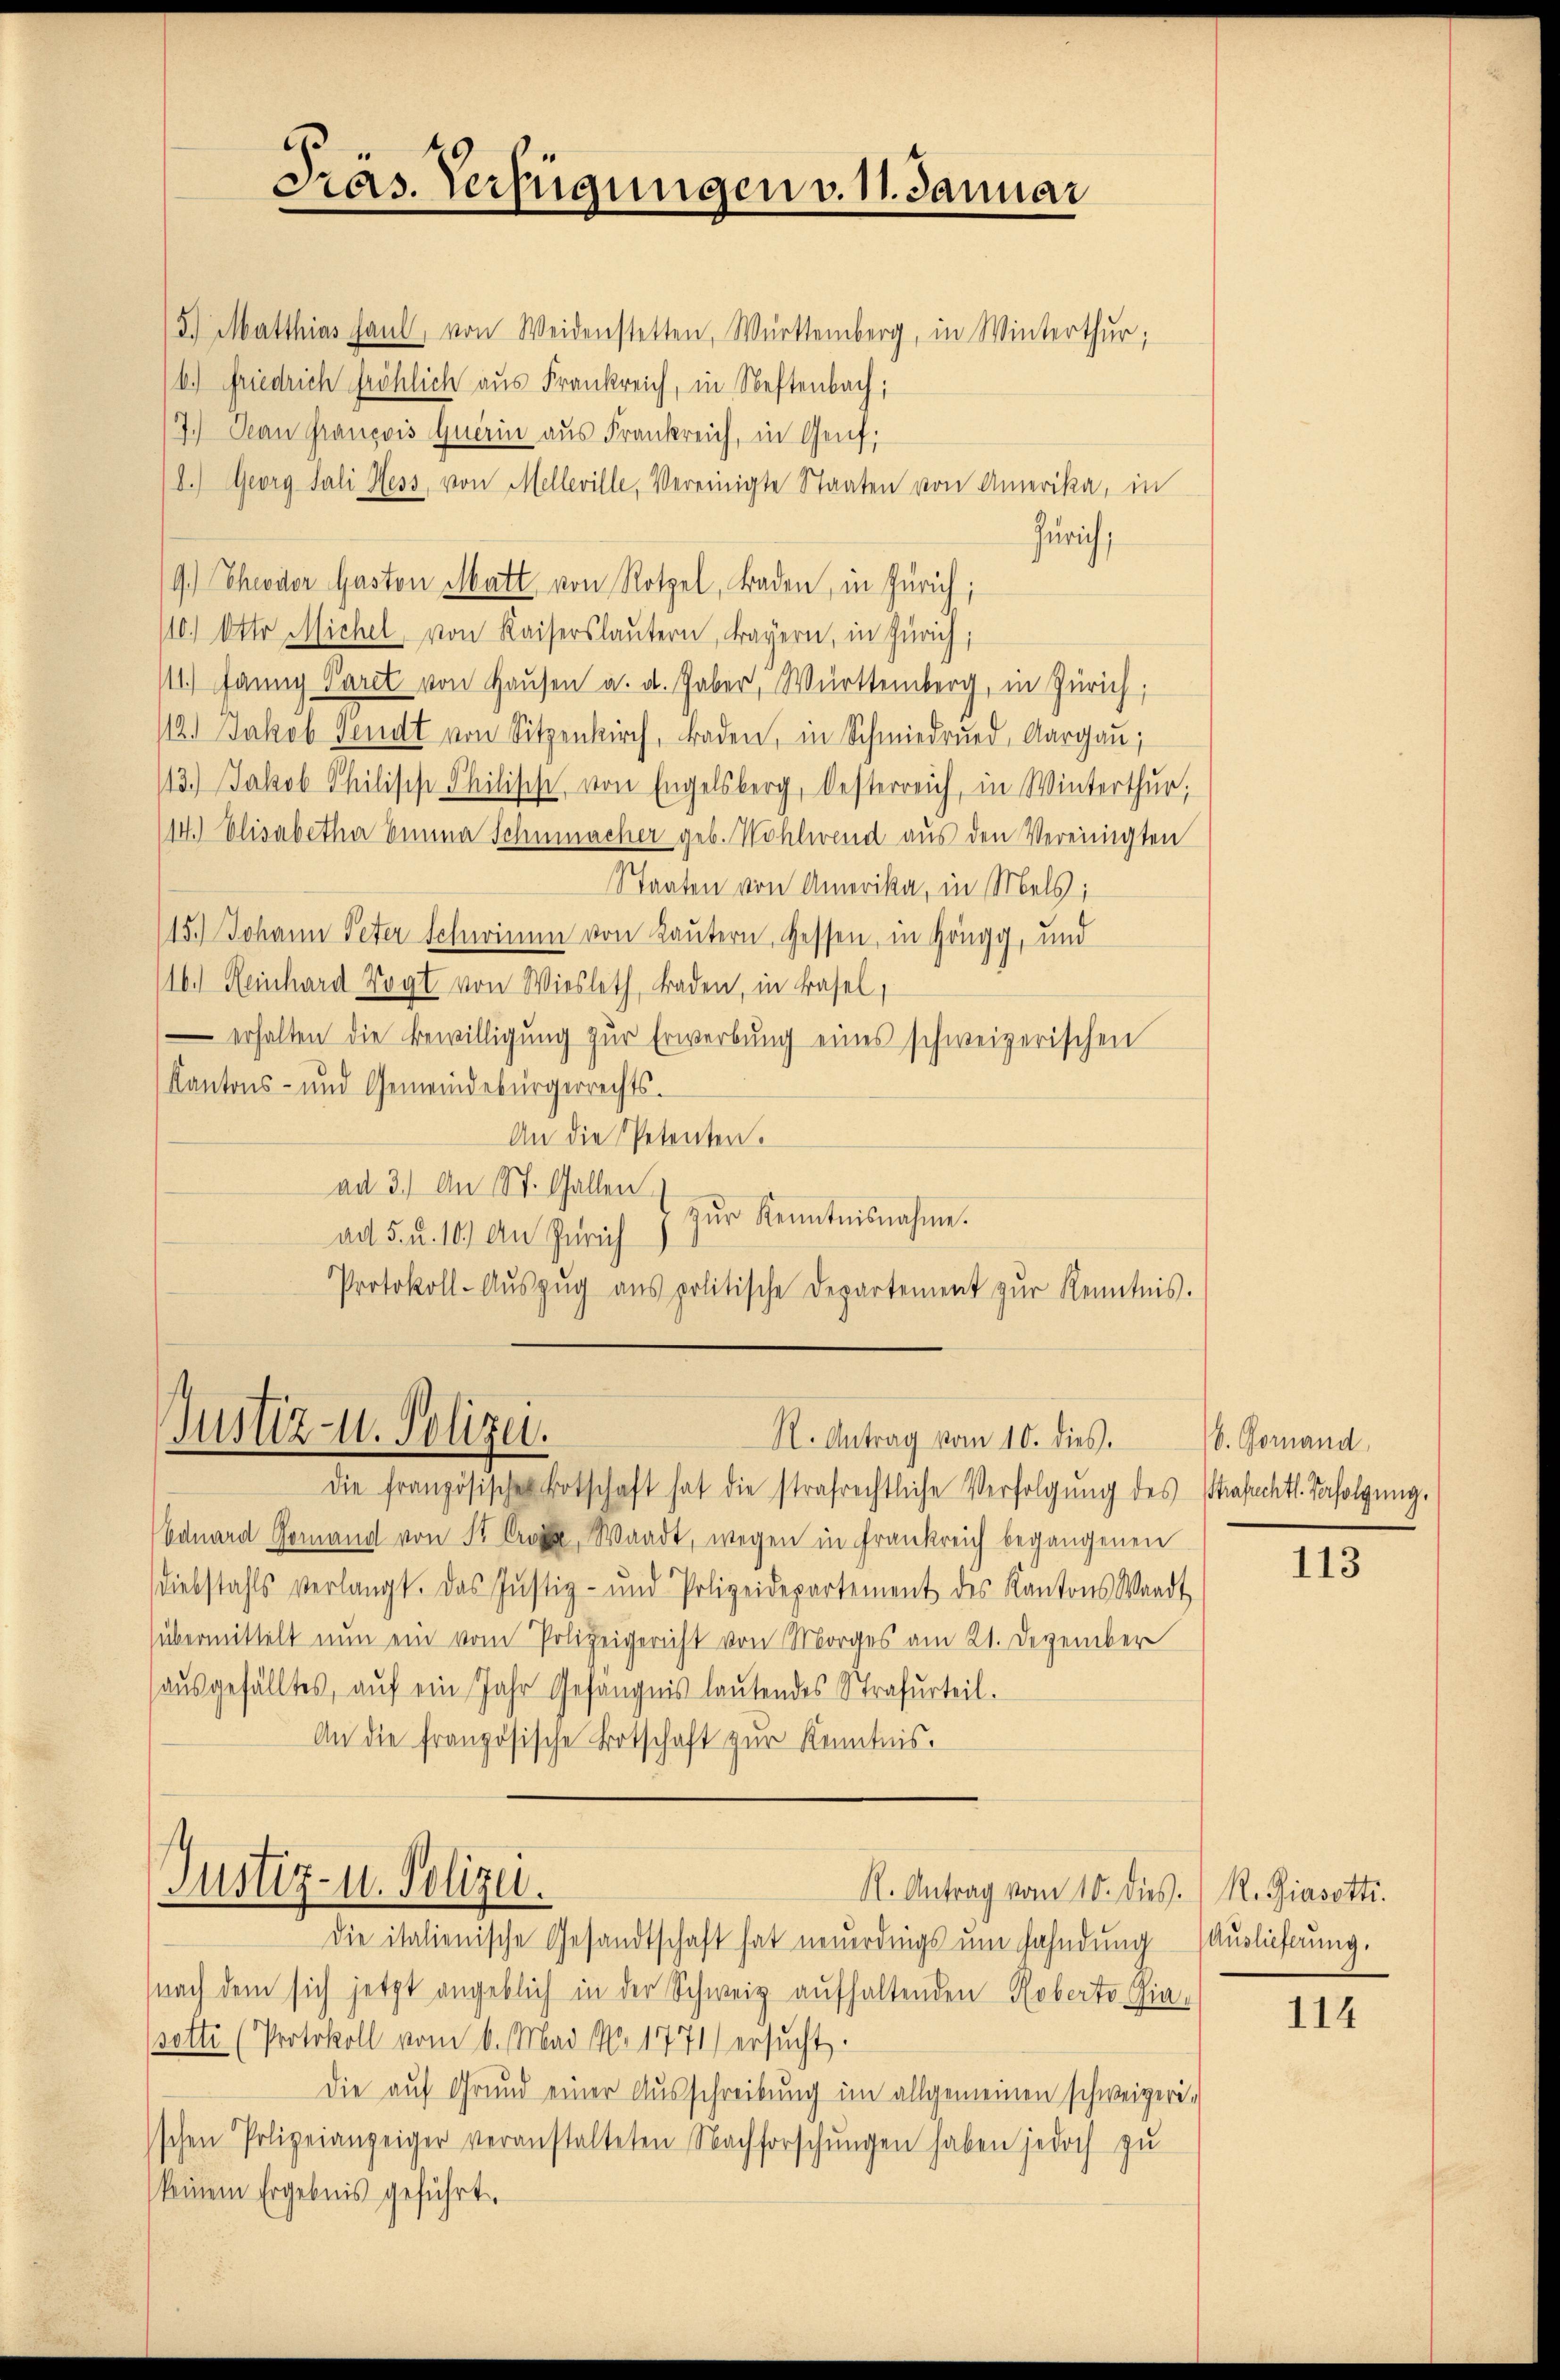
Präs. Verfügungen v. 11. Januar
5.) Matthias haŭl, von Weidenstetten, Württemberg, in Winterthur;
b.) Friedrich fröhlich aus Frankreich, in Neftenbach;

7.) Denn Francois querin aus Frankreich, in Genf,
8.) Georg Sali Hess, von Melleville, Vereinigte Staaten von Amerika, in
Zürich,
9.) Theodor Gaston Matt von Rotzel, Baden, in Zürich;
110) Otto Michel von Kaisers lautern, Frayern, in Zürich;
111.) Janny Paret von Hausen a. d. Haber, Württemberg, in Zürich,
12. Jakob Fendt von Sitzenkirch, Baden, in Schmiedrund, Aargau;
13.) Jakob Philische Philische von Engelsberg, Oesterreich, in Winterthur;
14.) Elisabetha Emma Schumacher geb. Wohlwend aus den Vereinigten
Staaten von Amerika, in Mels;
15.) Johann Peter Schwimm von Lautern, Gessen, in Höngg, und
16.) Reinhard Vogt von Wiesleth, Baden, in Basel,
 erhalten die Bewilligŭng zŭr Erwerbŭng eines schweizerischen
Kantons- und Gemeindebürgerrechts-
An die Petenten.
ad 3.) An St. Gallen
zŭr Kenntnisnahme.
ad 5. u. 10.) An Zürich
Protokoll-Aŭszŭg ans politische Departement zŭr Kenntnis.

Justiz- u. Polizei.
N. Antrag vom 10. dies.

die französischen Botschaft hat die strafrechtliche Verfolgung des Strafrechtl. Verfolgung.
Eduard Gomand von St. Waadt, wegen in Frankreich begangenen
diebstahls verlangt. Das Justiz- und Polizeidepartement des Kantons Waadt
übermittelt nun ein vom Polizeigericht von Morges am 21. Dezember
ausgefälltes, auf ein Jahr Gefängnis lautendes Strafurteil.
An die französische Botschaft zŭr Kenntnis.

Justiz- u. Polizei.
H. Antrag vom 10. dies.) R. Giasetti.
die italienische Gesandtschaft hat neuerdings um Fahndung

nach dem sich jetzt angeblich in der Schweiz aufhaltenden Roberto Giaetti (Protokoll vom 6. Mai No. 1771) ersucht.
Die auf Grund einer Ausschreibung im allgemeinen schweizerischen Polizeianzeiger veranstalteten Nachforschungen haben jedoch zu
keinem Ergebnis geführt.

b. Gomand

113

Auslieferung.

114